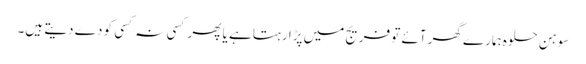
سوہن حلوہ ہمارے گھر آئے تو فریج میں پڑا رہتا ہے یا پھر کسی نہ کسی کو دے دیتے ہیں۔